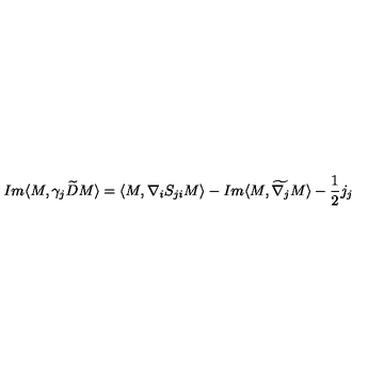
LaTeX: I m \langle M , \gamma _ { j } \widetilde { D } M \rangle = \langle M , \nabla _ { i } S _ { j i } M \rangle - I m \langle M , \widetilde { \nabla _ { j } } M \rangle - \frac { 1 } { 2 } j _ { j }